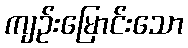
ကျဉ်းမြောင်းသော